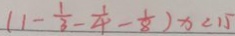
( 1 - \frac { 1 } { 3 } - \frac { 1 } { 4 } - \frac { 1 } { 8 } ) x < 1 5